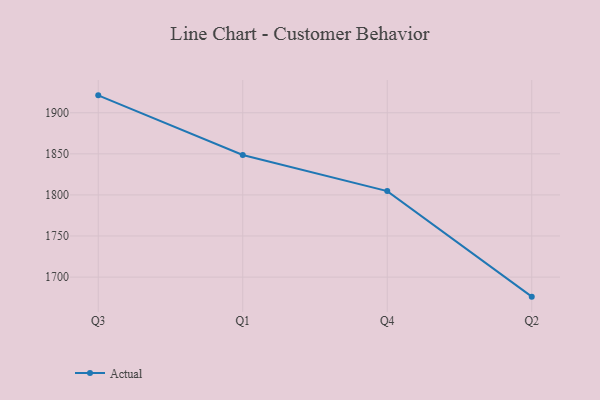
{"axis": {"x": "Quarter", "y": "Temperature (°C)"}, "legend": ["Actual"], "data": [{"x": "Q3", "y": 1921.2, "type": "Actual"}, {"x": "Q1", "y": 1848.6, "type": "Actual"}, {"x": "Q4", "y": 1804.7, "type": "Actual"}, {"x": "Q2", "y": 1676.2, "type": "Actual"}]}